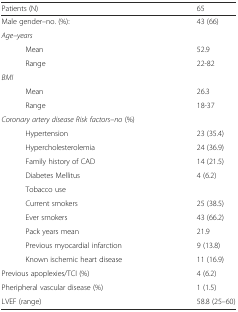
<table><thead><tr><td><b>Patients (N)</b></td><td><b>65</b></td></tr></thead><tbody><tr><td>Male gender–no. (%):</td><td>43 (66)</td></tr><tr><td><i>Age</i>–<i>years</i></td><td></td></tr><tr><td>Mean</td><td>52.9</td></tr><tr><td>Range</td><td>22-82</td></tr><tr><td><i>BMI</i></td><td></td></tr><tr><td>Mean</td><td>26.3</td></tr><tr><td>Range</td><td>18-37</td></tr><tr><td><i>Coronary artery disease Risk factors</i>–<i>no</i> (%)</td><td></td></tr><tr><td>Hypertension</td><td>23 (35.4)</td></tr><tr><td>Hypercholesterolemia</td><td>24 (36.9)</td></tr><tr><td>Family history of CAD</td><td>14 (21.5)</td></tr><tr><td>Diabetes Mellitus</td><td>4 (6.2)</td></tr><tr><td>Tobacco use</td><td></td></tr><tr><td>Current smokers</td><td>25 (38.5)</td></tr><tr><td>Ever smokers</td><td>43 (66.2)</td></tr><tr><td>Pack years mean</td><td>21.9</td></tr><tr><td>Previous myocardial infarction</td><td>9 (13.8)</td></tr><tr><td>Known ischemic heart disease</td><td>11 (16.9)</td></tr><tr><td>Previous apoplexies/TCI (%)</td><td>4 (6.2)</td></tr><tr><td>Pheripheral vascular disease (%)</td><td>1 (1.5)</td></tr><tr><td>LVEF (range)</td><td>58.8 (25–60)</td></tr></tbody></table>